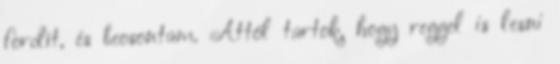
fordít, és beosontam. Attól tartok, hogy reggel is lesni